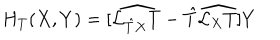
H _ { T } ( X , Y ) = [ \widehat { { \cal L } _ { { \hat { T } } X } T } - { \hat { T } } \widehat { { \cal L } _ { X } T } ] Y